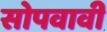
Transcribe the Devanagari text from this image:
सोपवावी